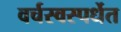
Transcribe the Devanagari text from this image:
वर्चस्वस्पर्धेत